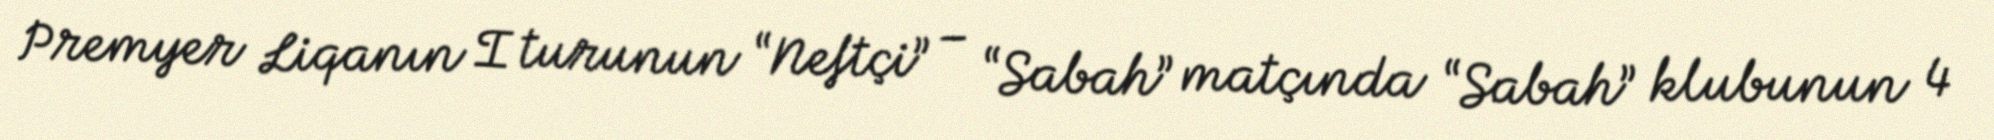
Premyer Liqanın I turunun “Neftçi” – “Sabah” matçında “Sabah” klubunun 4